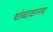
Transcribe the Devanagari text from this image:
थांब्यावरूनच